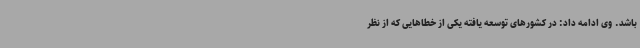
باشد. وی ادامه داد: در کشورهای توسعه یافته یکی از خطاهایی که از نظر